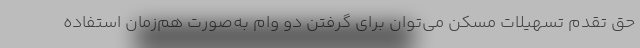
حق تقدم تسهیلات مسکن می‌توان برای گرفتن دو وام به‌صورت هم‌زمان استفاده